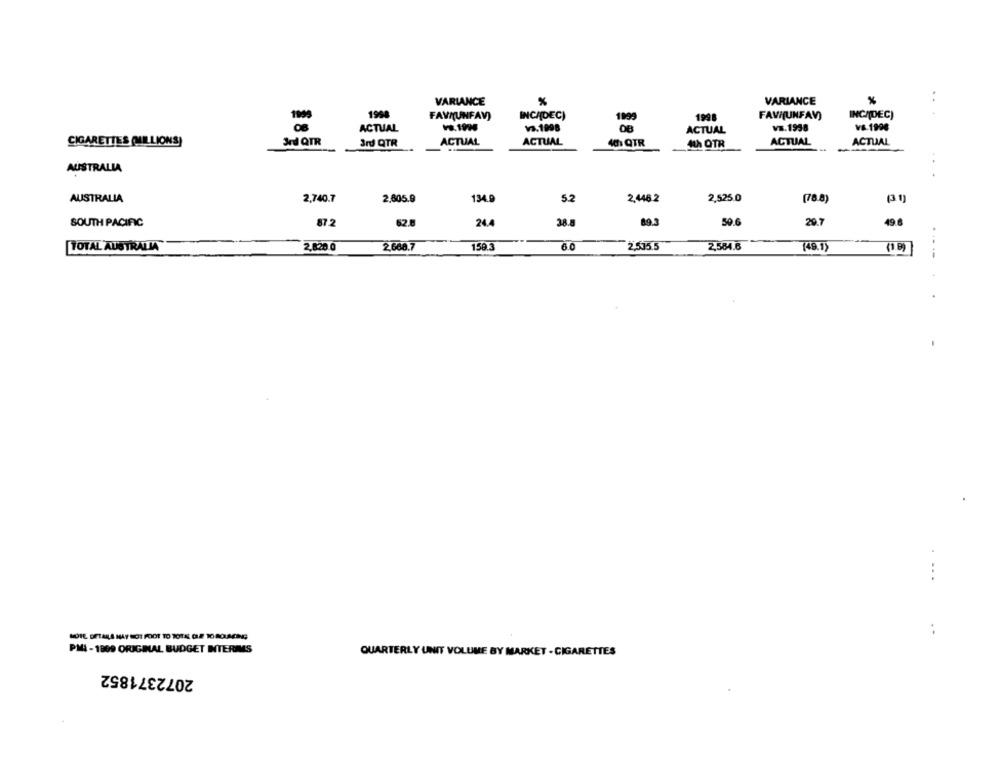
VARIANCE
%
..
VARIANCE
%
INCADEC)
FAVI(UNFAV)
INCIDEC)
FAV(UNFAV)
1199
1998
ACTUAL
13.1998
08
ACTUAL
VE.1938
V&.1996
CIGARETTES (MILLIONS)
3rd QTR
3rd QTR
ACTUAL
ACTUAL
Ah OTR
ACTUAL
ACTUAL
AUSTRALIA
AUSTRALIA
2,740.7
2,605.9
134.9
5.2
2,446.2
2,525.0
(78.8)
24.4
89.3
50.6
49 6
SOUTH PACIFIC
87.2
29.7
TOTAL AUSTRALIA
2,820 0
2,668.7
1593
6.0
2,535.5
2,584.6
(49.1)
(1.8)
- --
..
PMI -1809 ORIGINAL BUDGET INTERIMS
QUARTERLY UNIT VOLUME BY MARKET - CIGARETTES
2072371852